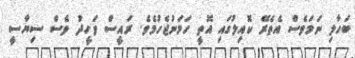
ބަހާލި ނަމަވެސް އެތެރޭ ކޮއިލުގައި އޮތީ ހަމަނުޖެހުމެވެ. ރައީސް ވަހީދު ވެސް ސިޔާސީ